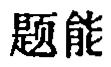
题能